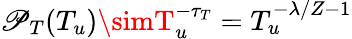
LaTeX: \mathscr{P}_{T}(T_{u})\simT_{u}^{-\tau_{T}}=T_{u}^{-\lambda/Z-1}